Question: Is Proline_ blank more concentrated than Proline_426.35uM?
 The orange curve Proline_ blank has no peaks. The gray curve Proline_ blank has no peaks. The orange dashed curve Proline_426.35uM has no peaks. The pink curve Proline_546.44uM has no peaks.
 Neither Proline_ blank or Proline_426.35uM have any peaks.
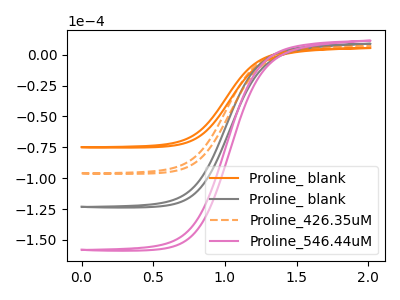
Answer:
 <answer>I cant tell if "Proline_ blank" or "Proline_426.35uM" has higher concentration.</answer>
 <eval>mixed_concentration</eval>